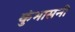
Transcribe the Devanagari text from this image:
कुंभासनी